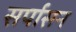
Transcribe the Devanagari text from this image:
सर्पासन